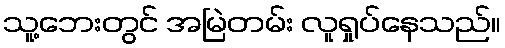
သူ့ဘေးတွင် အမြဲတမ်း လူရှုပ်နေသည်။